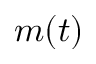
m ( t )